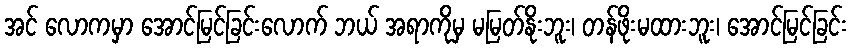
အင် လောကမှာ အောင်မြင်ခြင်းလောက် ဘယ် အရာကိုမှ မမြတ်နိုးဘူး၊ တန်ဖိုးမထားဘူး၊ အောင်မြင်ခြင်း